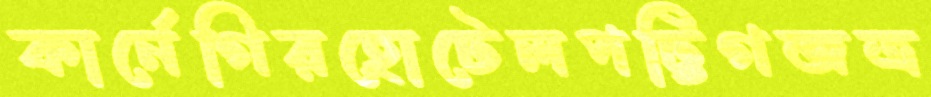
কার্নেগিরহোটেলপট্টিগজত্র